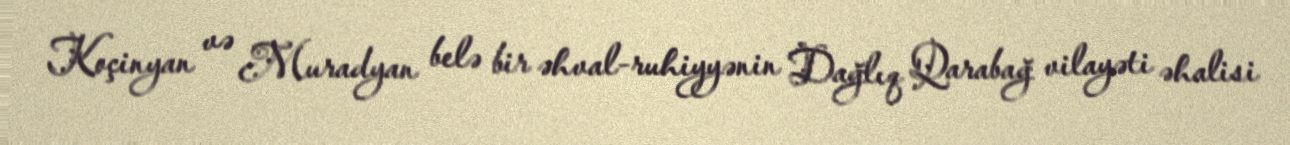
Koçinyan və Muradyan belə bir əhval-ruhiyyənin Dağlıq Qarabağ vilayəti əhalisi